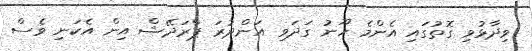
ވިދާޅުވި ގޮތުގައި އެންމެ ހޫނު ގަދަވި އަންދުރަ ޕްރަދޭޝް އިން އެކަނި ވެސް